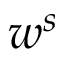
w ^ { s }